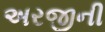
અરજીની